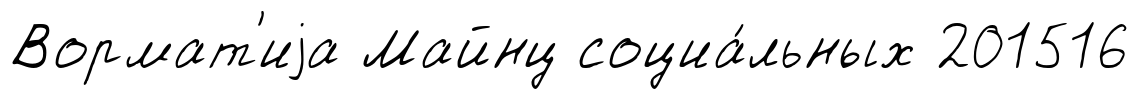
Вормат'иjа Майнц социа́льных 201516